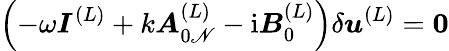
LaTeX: \left(-\omega\boldsymbol{I}^{(L)}+k\boldsymbol{A}_{0\mathscr{N}}^{(L)}-{\mathrm{{i}}}\boldsymbol{B}_{0}^{(L)}\right)\delta\boldsymbol{u}^{(L)}={\mathbf{{0}}}